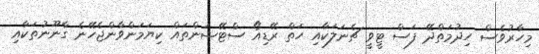
މިހާރުވެސް ހިދުމަތްދޭ ފަސް ޓީވީ ޗެނަލަކާއި ހަތް ރޭޑިއޯ ސްޓޭޝަންތައް ކިޔަމަންވާންޖެހޭނެ ގާނޫނުތަކާއި